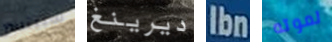
سبينسر ديرينغ Ibn لموته